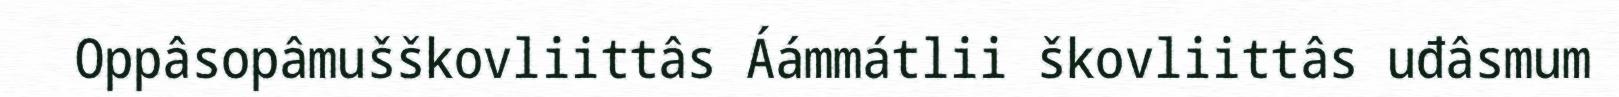
Oppâsopâmušškovliittâs Áámmátlii škovliittâs uđâsmum